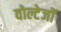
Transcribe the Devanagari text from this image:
वोल्टेजों